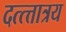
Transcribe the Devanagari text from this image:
दत्त्त्तात्रय